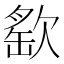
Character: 𣣳